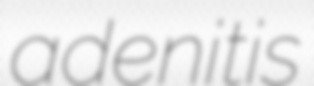
adenitis